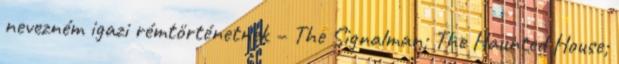
nevezném igazi rémtörténetnek – The Signalman; The Haunted House;